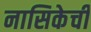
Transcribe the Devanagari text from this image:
नासिकेचीं